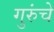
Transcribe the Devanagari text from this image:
गुरुंचे